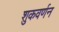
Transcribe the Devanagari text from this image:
शुकवर्णन